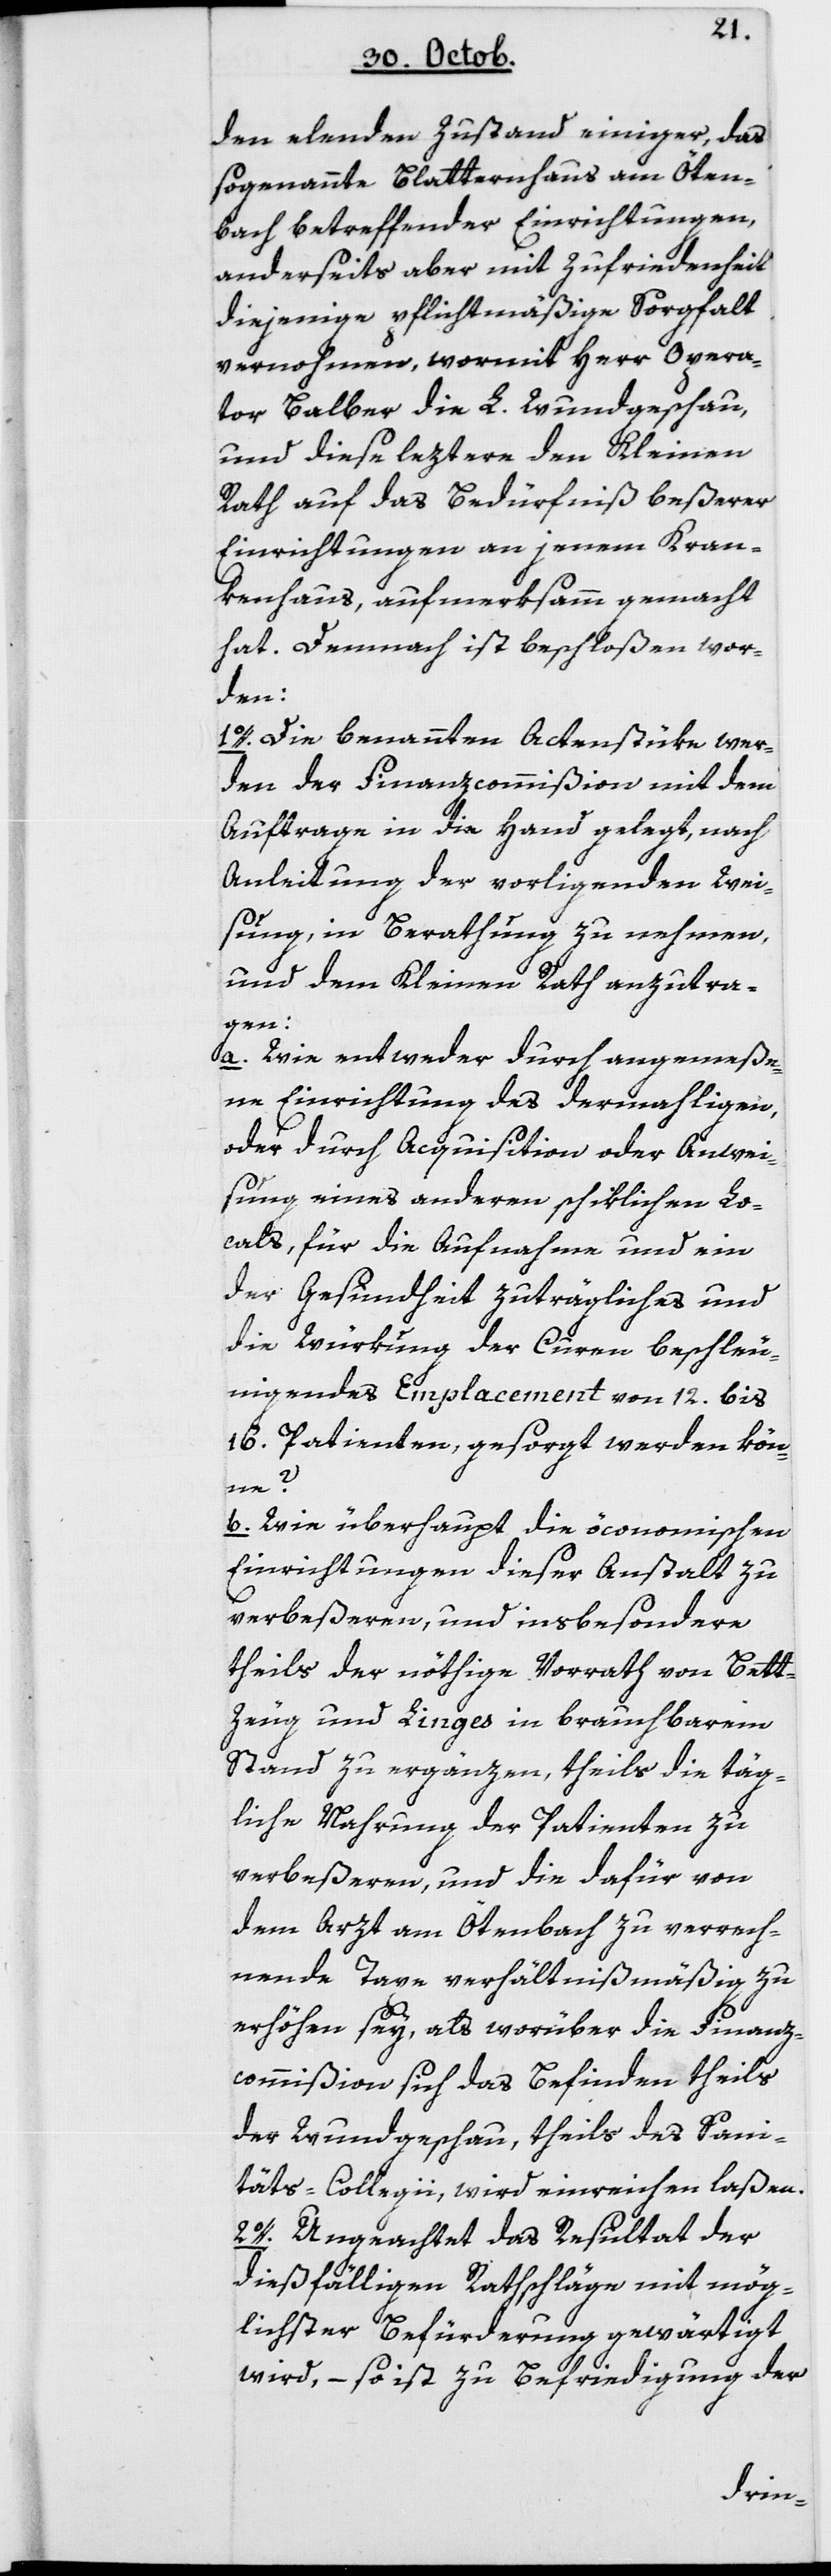
den elenden Zustand einiger, das
sogenannte Blatternhaus am Öten¬
bach betreffender Einrichtungen,
anderseits aber mit Zufriedenheit
diejenige pflichtmäßige Sorgfalt
vernohmen, wormit Herr Opera¬
tor Balber die L. Wundgeschau,
und diese letztere den Kleinen
Rath auf das Bedürfnis beßerer
Einrichtungen an jenem Kran¬
kenhaus, aufmerksamm gemacht
hat. Demnach ist beschloßen wor¬
den:
1. Die benannten Actenstüke wer¬
den der Finanzcommißion mit dem
Auftrage in die Hand gelegt, nach
Anleitung der vorliegenden Wei¬
sung, in Beratung zu nehmen,
und dem Kleinen Rath anzutra¬
gen:
a Wie entweder durch angemeße¬
ne Einrichtung des dermahligen,
oder durch Acquisition oder Anwei¬
sung eines anderen schiklichen Lo¬
cals, für die Aufnahme und ein
der Gesundheit zuträgliches und
die Wirkung der Curen beschleu¬
nigendes Emplacement von 12 bis
16 Patienten gesorgt werden kön¬
ne?
b Wie überhaupt die öconomischen
Einrichtungen dieser Anstalt zu
verbeßeren, und insbesondere
theils der nöthige Vorrath von Bett¬
zeug und Linges in brauchbarem
Stand zu ergänzen, theils die täg¬
liche Nahrung der Patienten zu
verbeßeren, und die dafür von
dem Arzt am Ötenbach zu verrech¬
nende Taxe verhältnismäßig zu
erhöhen sey, als worüber die Finanz¬
commißion sich das Befinden theils
der Wundgeschau, theils des Sani¬
täts-Collegii, wird einreichen laßen.
2. Ungeachtet das Resultat der
dießfälligen Rathschläge mit mög¬
lichster Befürderung gewärtigt
wird, – so ist zu Befriedigung der